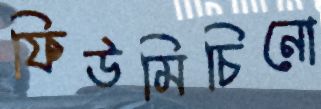
ফিউমিচিনো